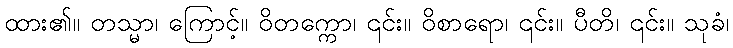
ထား၏။ တသ္မာ၊ ကြောင့်။ ဝိတက္ကော၊ ၎င်း။ ဝိစာရော၊ ၎င်း။ ပီတိ၊ ၎င်း။ သုခံ၊